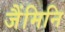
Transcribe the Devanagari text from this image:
जैंमिनि